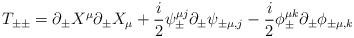
LaTeX: \begin{align*}T_{\pm\pm}=\partial_{\pm}X^{\mu}\partial_{\pm}X_{\mu}+\frac{i}{ 2}{\psi}^{\mu j}_{\pm}\partial_{\pm} \psi_{\pm\mu,j }- \frac{i}{2}{\phi}_{\pm}^{\mu k}\partial_{\pm}\phi_{\pm\mu,k}\end{align*}